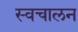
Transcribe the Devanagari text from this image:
स्‍वचालन